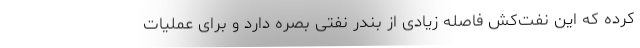
کرده که این نفت‌کش فاصله زیادی از بندر نفتی بصره دارد و برای عملیات